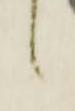
候